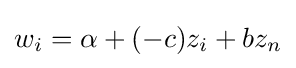
w_{i}=\alpha +(-c)z_{i}+bz_{n}